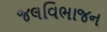
જલવિભાજન